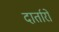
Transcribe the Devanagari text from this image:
दार्तारों